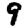
Digit: 9